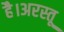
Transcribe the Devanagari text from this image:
है।अरस्तू